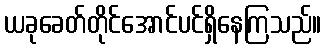
ယခုခေတ်တိုင်အောင်ပင်ရှိနေကြသည်။